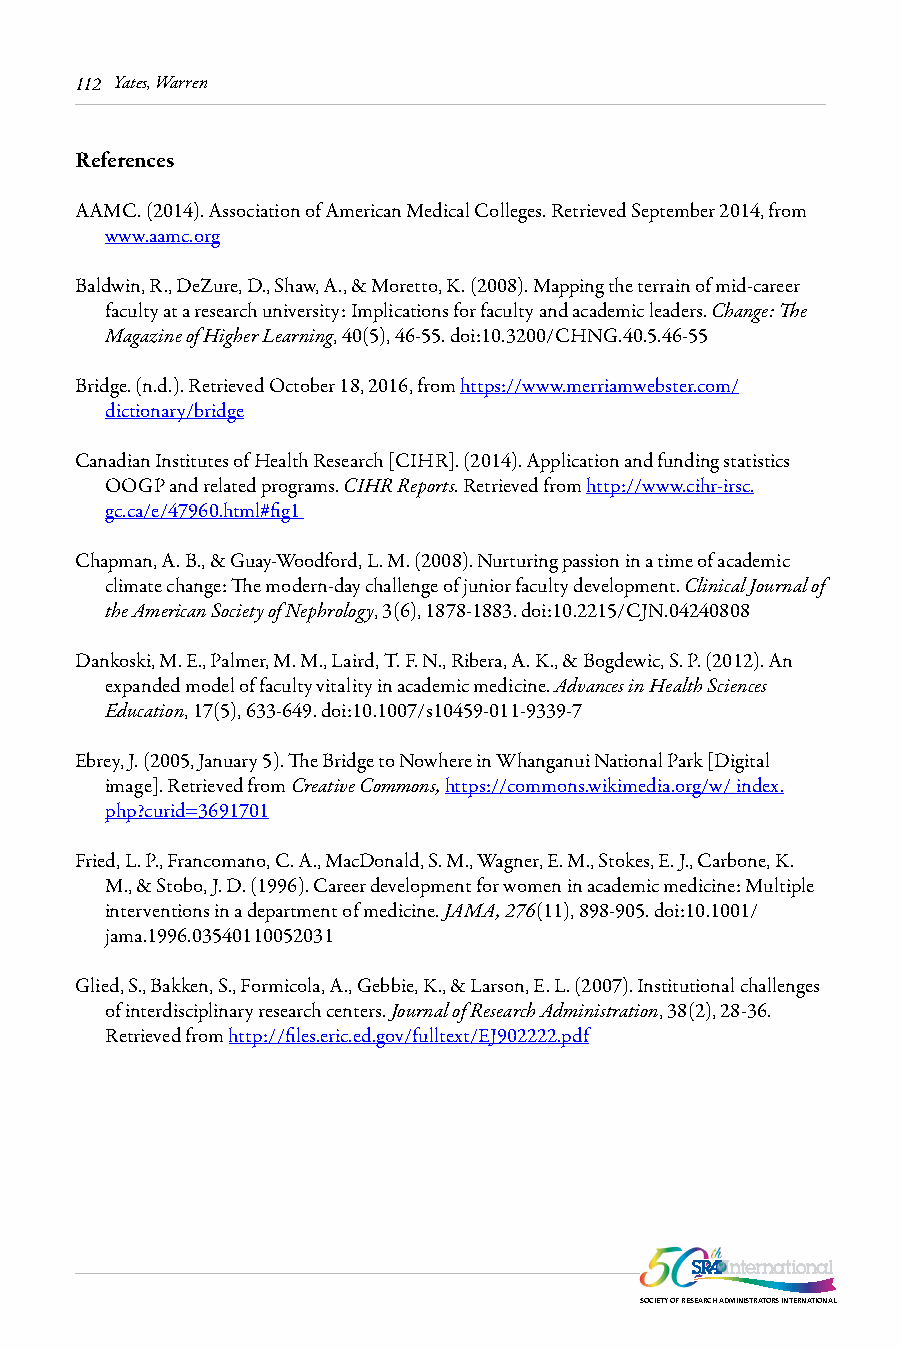
112 Yates, Warren
 References
 AAMC. (2014). Association of American Medical Colleges. Retrieved September 2014, from
 www.aamc.org
 Baldwin, R., DeZure, D., Shaw, A., & Moretto, K. (2008). Mapping the terrain of mid-career
 faculty at a research university: Implications for faculty and academic leaders. Change: The
 Magazine of Higher Learning, 40(5), 46-55. doi:10.3200/CHNG.40.5.46-55
 Bridge. (n.d.). Retrieved October 18, 2016, from https://www.merriamwebster.com/
 dictionary/bridge
 Canadian Institutes of Health Research [CIHR]. (2014). Application and funding statistics
 OOGP and related programs. CIHR Reports. Retrieved from http://www.cihr-irsc.
 gc.ca/e/47960.html#fig1
 Chapman, A. B., & Guay-Woodford, L. M. (2008). Nurturing passion in a time of academic
 climate change: The modern-day challenge of junior faculty development. Clinical Journal of
 the American Society of Nephrology, 3(6), 1878-1883. doi:10.2215/CJN.04240808
 Dankoski, M. E., Palmer, M. M., Laird, T. F. N., Ribera, A. K., & Bogdewic, S. P. (2012). An
 expanded model of faculty vitality in academic medicine. Advances in Health Sciences
 Education, 17(5), 633-649. doi:10.1007/s10459-011-9339-7
 Ebrey, J. (2005, January 5). The Bridge to Nowhere in Whanganui National Park [Digital
 image]. Retrieved from Creative Commons, https://commons.wikimedia.org/w/ index.
 php?curid=3691701
 Fried, L. P., Francomano, C. A., MacDonald, S. M., Wagner, E. M., Stokes, E. J., Carbone, K.
 M., & Stobo, J. D. (1996). Career development for women in academic medicine: Multiple
 interventions in a department of medicine. JAMA, 276(11), 898-905. doi:10.1001/
 jama.1996.03540110052031
 Glied, S., Bakken, S., Formicola, A., Gebbie, K., & Larson, E. L. (2007). Institutional challenges
 of interdisciplinary research centers. Journal of Research Administration, 38(2), 28-36.
 Retrieved from http://files.eric.ed.gov/fulltext/EJ902222.pdf
 SOCIETY OF RESEARCH ADMINISTRATORS INTERNATIONAL